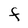
Character: F